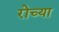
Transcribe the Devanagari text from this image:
रोच्या